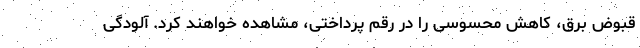
قبوض برق، کاهش محسوسی را در رقم پرداختی، مشاهده خواهند کرد. آلودگی